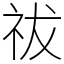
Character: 祓